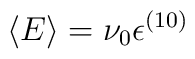
\langle E\rangle = \nu_0 {\epsilon}^{(10)}